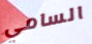
السامي